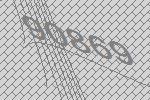
90869